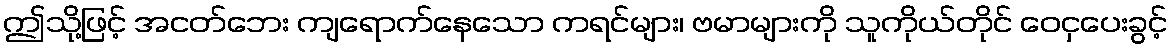
ဤသို့ဖြင့် အငတ်ဘေး ကျရောက်နေသော ကရင်များ၊ ဗမာများကို သူကိုယ်တိုင် ဝေငှပေးခွင့်